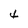
Character: 4